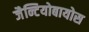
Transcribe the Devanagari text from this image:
जैन्टियोबायोस